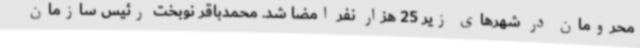
محرومان در شهرهای زیر 25 هزار نفر امضا شد. محمدباقر نوبخت رئیس سازمان